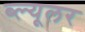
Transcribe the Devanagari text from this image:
ब्ल्यूलर